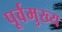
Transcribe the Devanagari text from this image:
पूर्वमुख्य